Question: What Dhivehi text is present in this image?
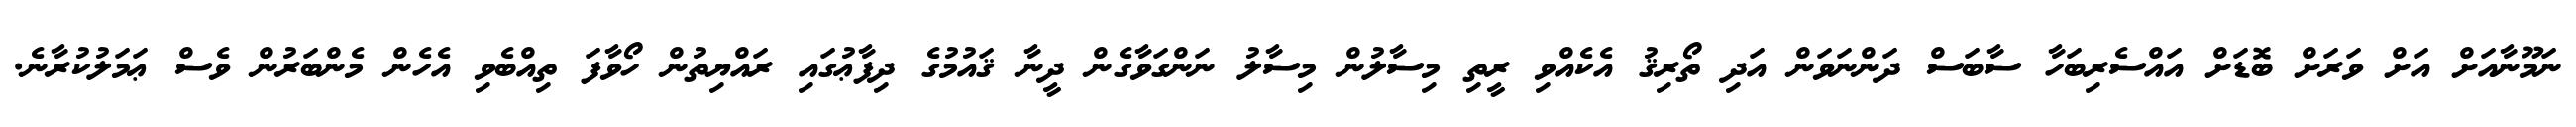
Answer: ނަމޫނާއަށް އަށް ވަރަށް ބޮޑަށް އައްސެރިބަހާ ސާބަސް ދަންނަވަން އަދި ތޯރިޤު އެކެއްވި ރީތި މިސާލުން މިސާލު ނަންގަވާގެން ދީނާ ޤައުމުގެ ދިފާޢުގައި ރައްޔިތުން ހޯވާފަ ތިއްބެވި އެހެން މެންބަރުން ވެސް ޢަމަލުކުރާނެ.